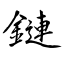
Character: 鏈